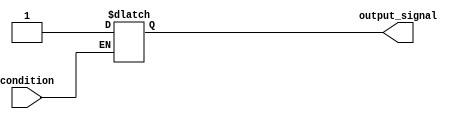
module WaitCondition (
    input wire condition,        // Input condition to monitor
    output reg output_signal     // Output signal reflecting post-condition state
);

    // Initial state of output_signal
    initial begin
        output_signal = 1'b0;   // Default state
    end

    // Always block to monitor the condition
    always @(*) begin
        // Wait until the condition is true
        if (condition) begin
            // Condition met, perform actions
            output_signal = 1'b1; // Set output_signal to true
            // Additional logic can be added here if needed
        end else begin
            // Condition not met, maintain current state
            output_signal = output_signal; // Hold the current state
        end
    end

endmodule